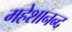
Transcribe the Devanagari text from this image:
महेशानन्द